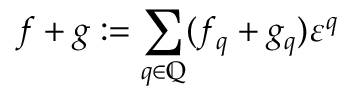
f + g : = \sum _ { q \in \mathbb { Q } } ( f _ { q } + g _ { q } ) \varepsilon ^ { q }